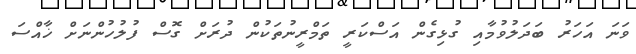
ވަނަ އަހަރު ބަދަލުވުމާއި ގުޅިގެން އަސްކަރީ ތަމްރީނުތަކުން ދުރަށް ގޮސް ފުލުހުންނަށް ޚާއްސަ